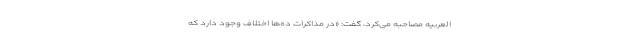
العربیه مصاحبه می‌کرد، گفت: «در مذاکرات ده‌ها اختلاف وجود دارد که